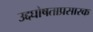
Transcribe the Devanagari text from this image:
उद्दघोषताप्रसारक